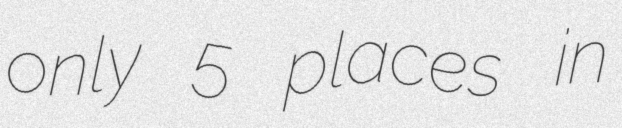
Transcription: only 5 places in